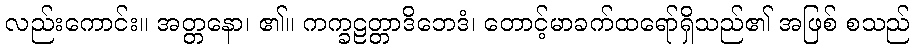
လည်းကောင်း။ အတ္တနော၊ ၏။ ကက္ခဠတ္တာဒိဘေဒံ၊ တောင့်မာခက်ထရော်ရှိသည်၏ အဖြစ် စသည်